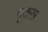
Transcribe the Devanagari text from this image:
पुजला